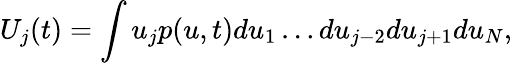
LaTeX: U_{j}(t)=\int u_{j}p(u,t)du_{1}\dots du_{j-2}du_{j+1}du_{N},